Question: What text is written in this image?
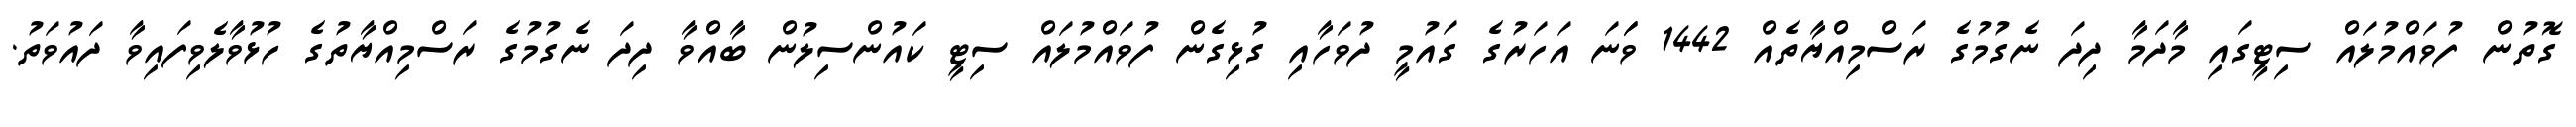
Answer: ގޮތުން ފުވައްމުލައް ސިޓީގައި މާދަމާ ދިދަ ނެގުމުގެ ރަސްމިއްޔާތެއް 1442 ވަަނަ އަހަރުގެ ގައުމީ ދުވަހާއި ގުޅިގެން ފުވައްމުލައް ސިޓީ ކައުންސިލުން ބާއްވާ ދިދަ ނެގުމުގެ ރަސްމިއްޔާތުގެ ހުޅުވާލެވިފައިވާ ދައުވަތު.